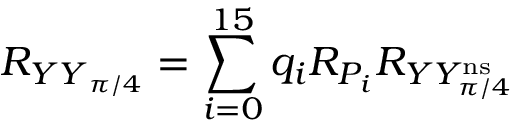
R _ { { Y Y } _ { \pi / 4 } } = \sum _ { i = 0 } ^ { 1 5 } q _ { i } R _ { P _ { i } } R _ { Y Y _ { \pi / 4 } ^ { \mathrm { n s } } }